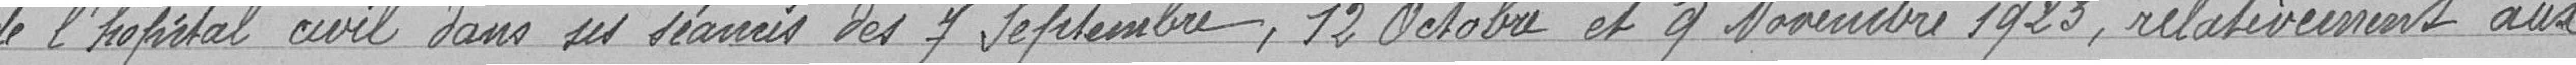
de l'hôpital civil dans ses séances des 7 septembre, 12 octobre et 9 novembre 1923, relativement aux